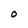
Character: O